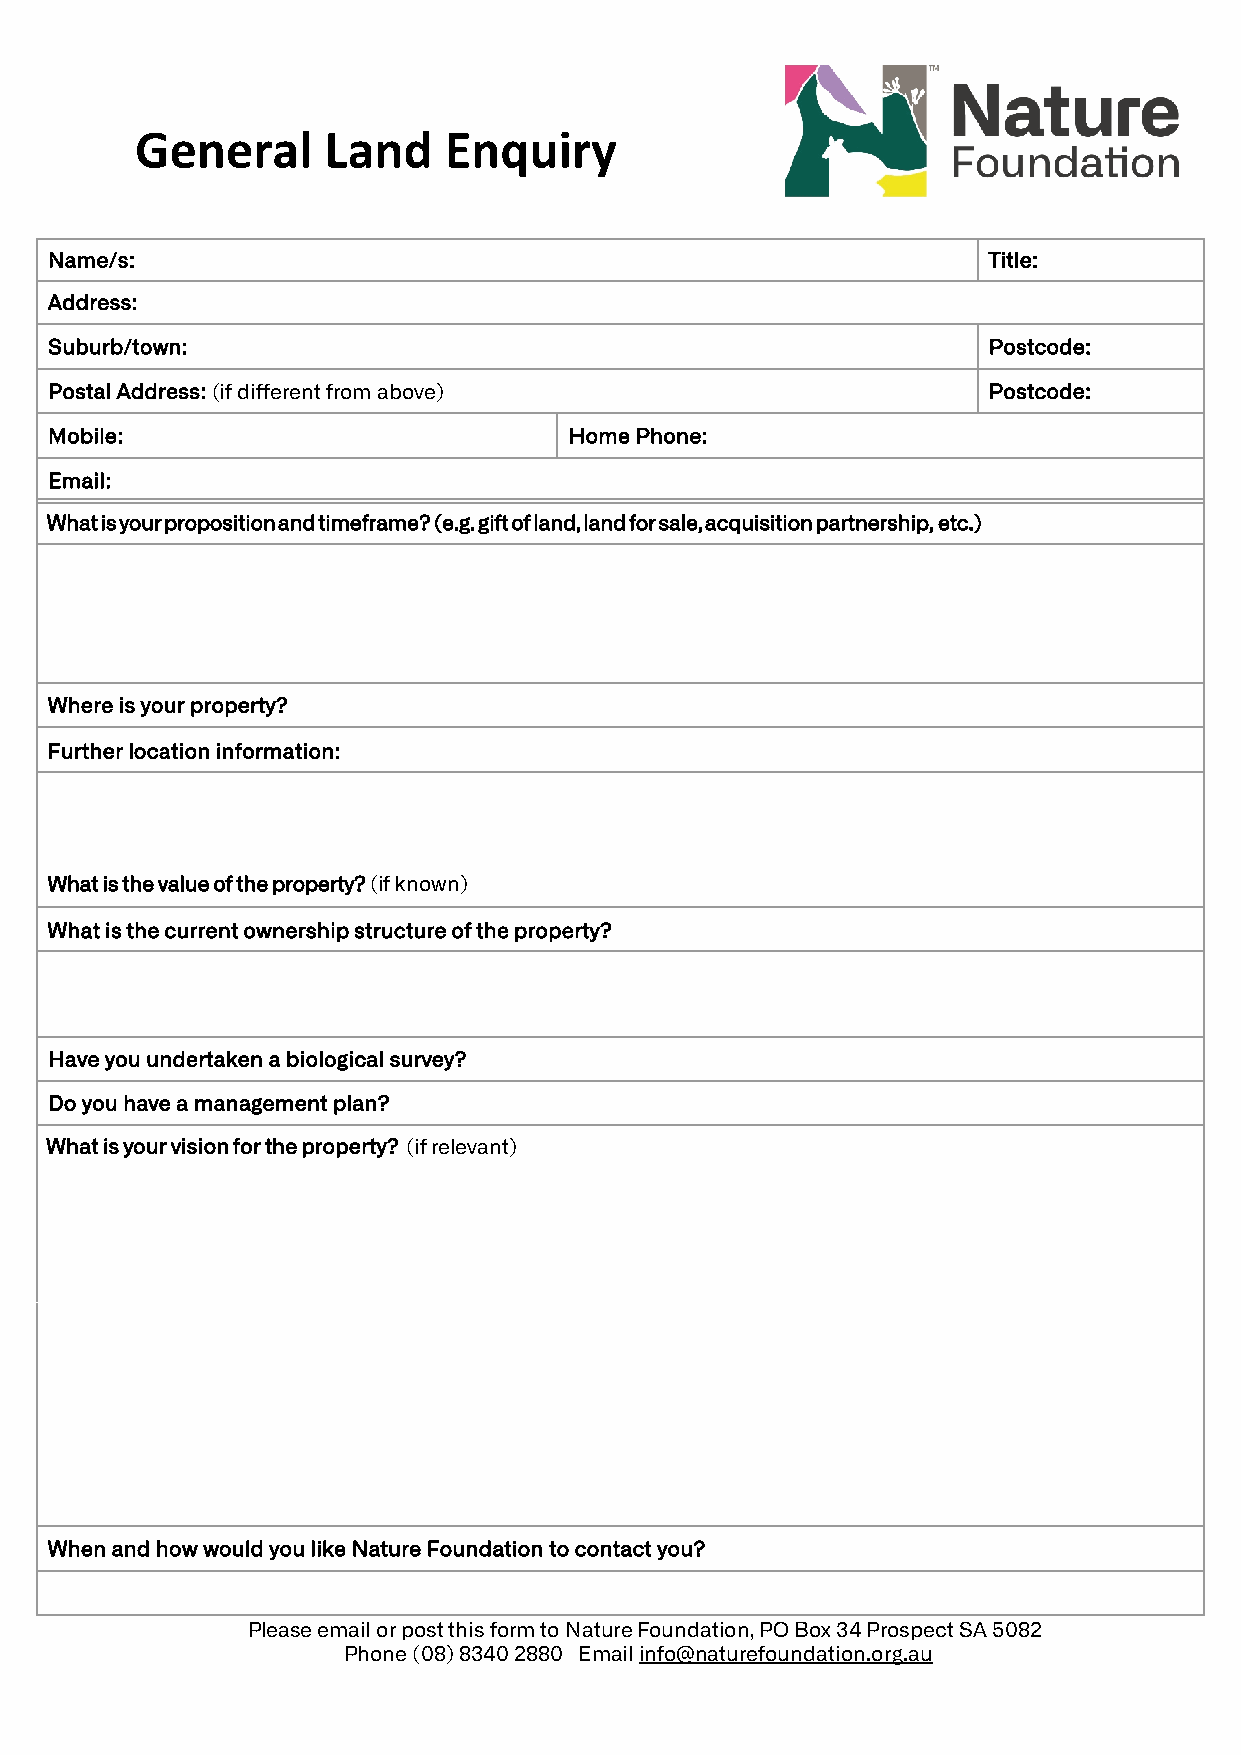
General     Land    Enquiry
 Name/s:                                                       Title:
 Address:
 Suburb/town:                                                  Postcode:
 Postal Address: (if different from above)                     Postcode:
 Mobile:                            Home Phone:
 Email:
 What is your proposition and timeframe? (e.g. gift of land, land for sale, acquisition partnership, etc.)
 Where is your property?
 Further location information:
 What is the value of the property? (if known)
 What is the current ownership structure of the property?
 Have you undertaken a biological survey?
 Do you have a management plan?
 What is your vision for the property? (if relevant)
 When and how would you like Nature Foundation to contact you?
 Please email or post this form to Nature Foundation, PO Box 34 Prospect SA 5082
 Phone (08) 8340 2880 Email info@naturefoundation.org.au